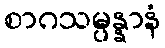
စာဂသမ္ပန္နာနံ